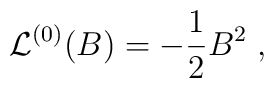
{\cal L}^{(0)}(B)=-{1\over 2}B^2\; ,